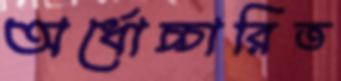
অর্ধোচ্চারিত